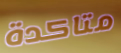
متاكدة